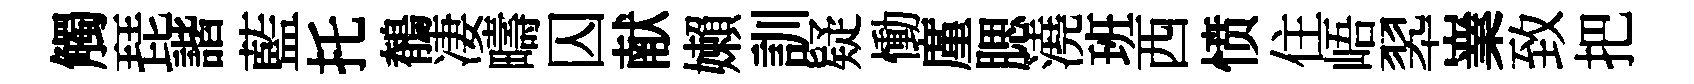
觸琵諧藍托鶺凄疇囚献嬾訓疑慟廑腮澆班西愤住峿翆嶪致把